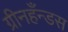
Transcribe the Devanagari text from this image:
ग्रीनहँन्डस